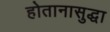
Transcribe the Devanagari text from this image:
होतानासुद्धा